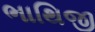
ભાથિજી